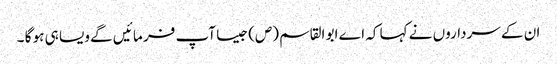
ان کے سرداروں نے کہا کہ اے ابو القاسم (ص) جیسا آپ فر ما ئیں گے ویسا ہی ہو گا ۔